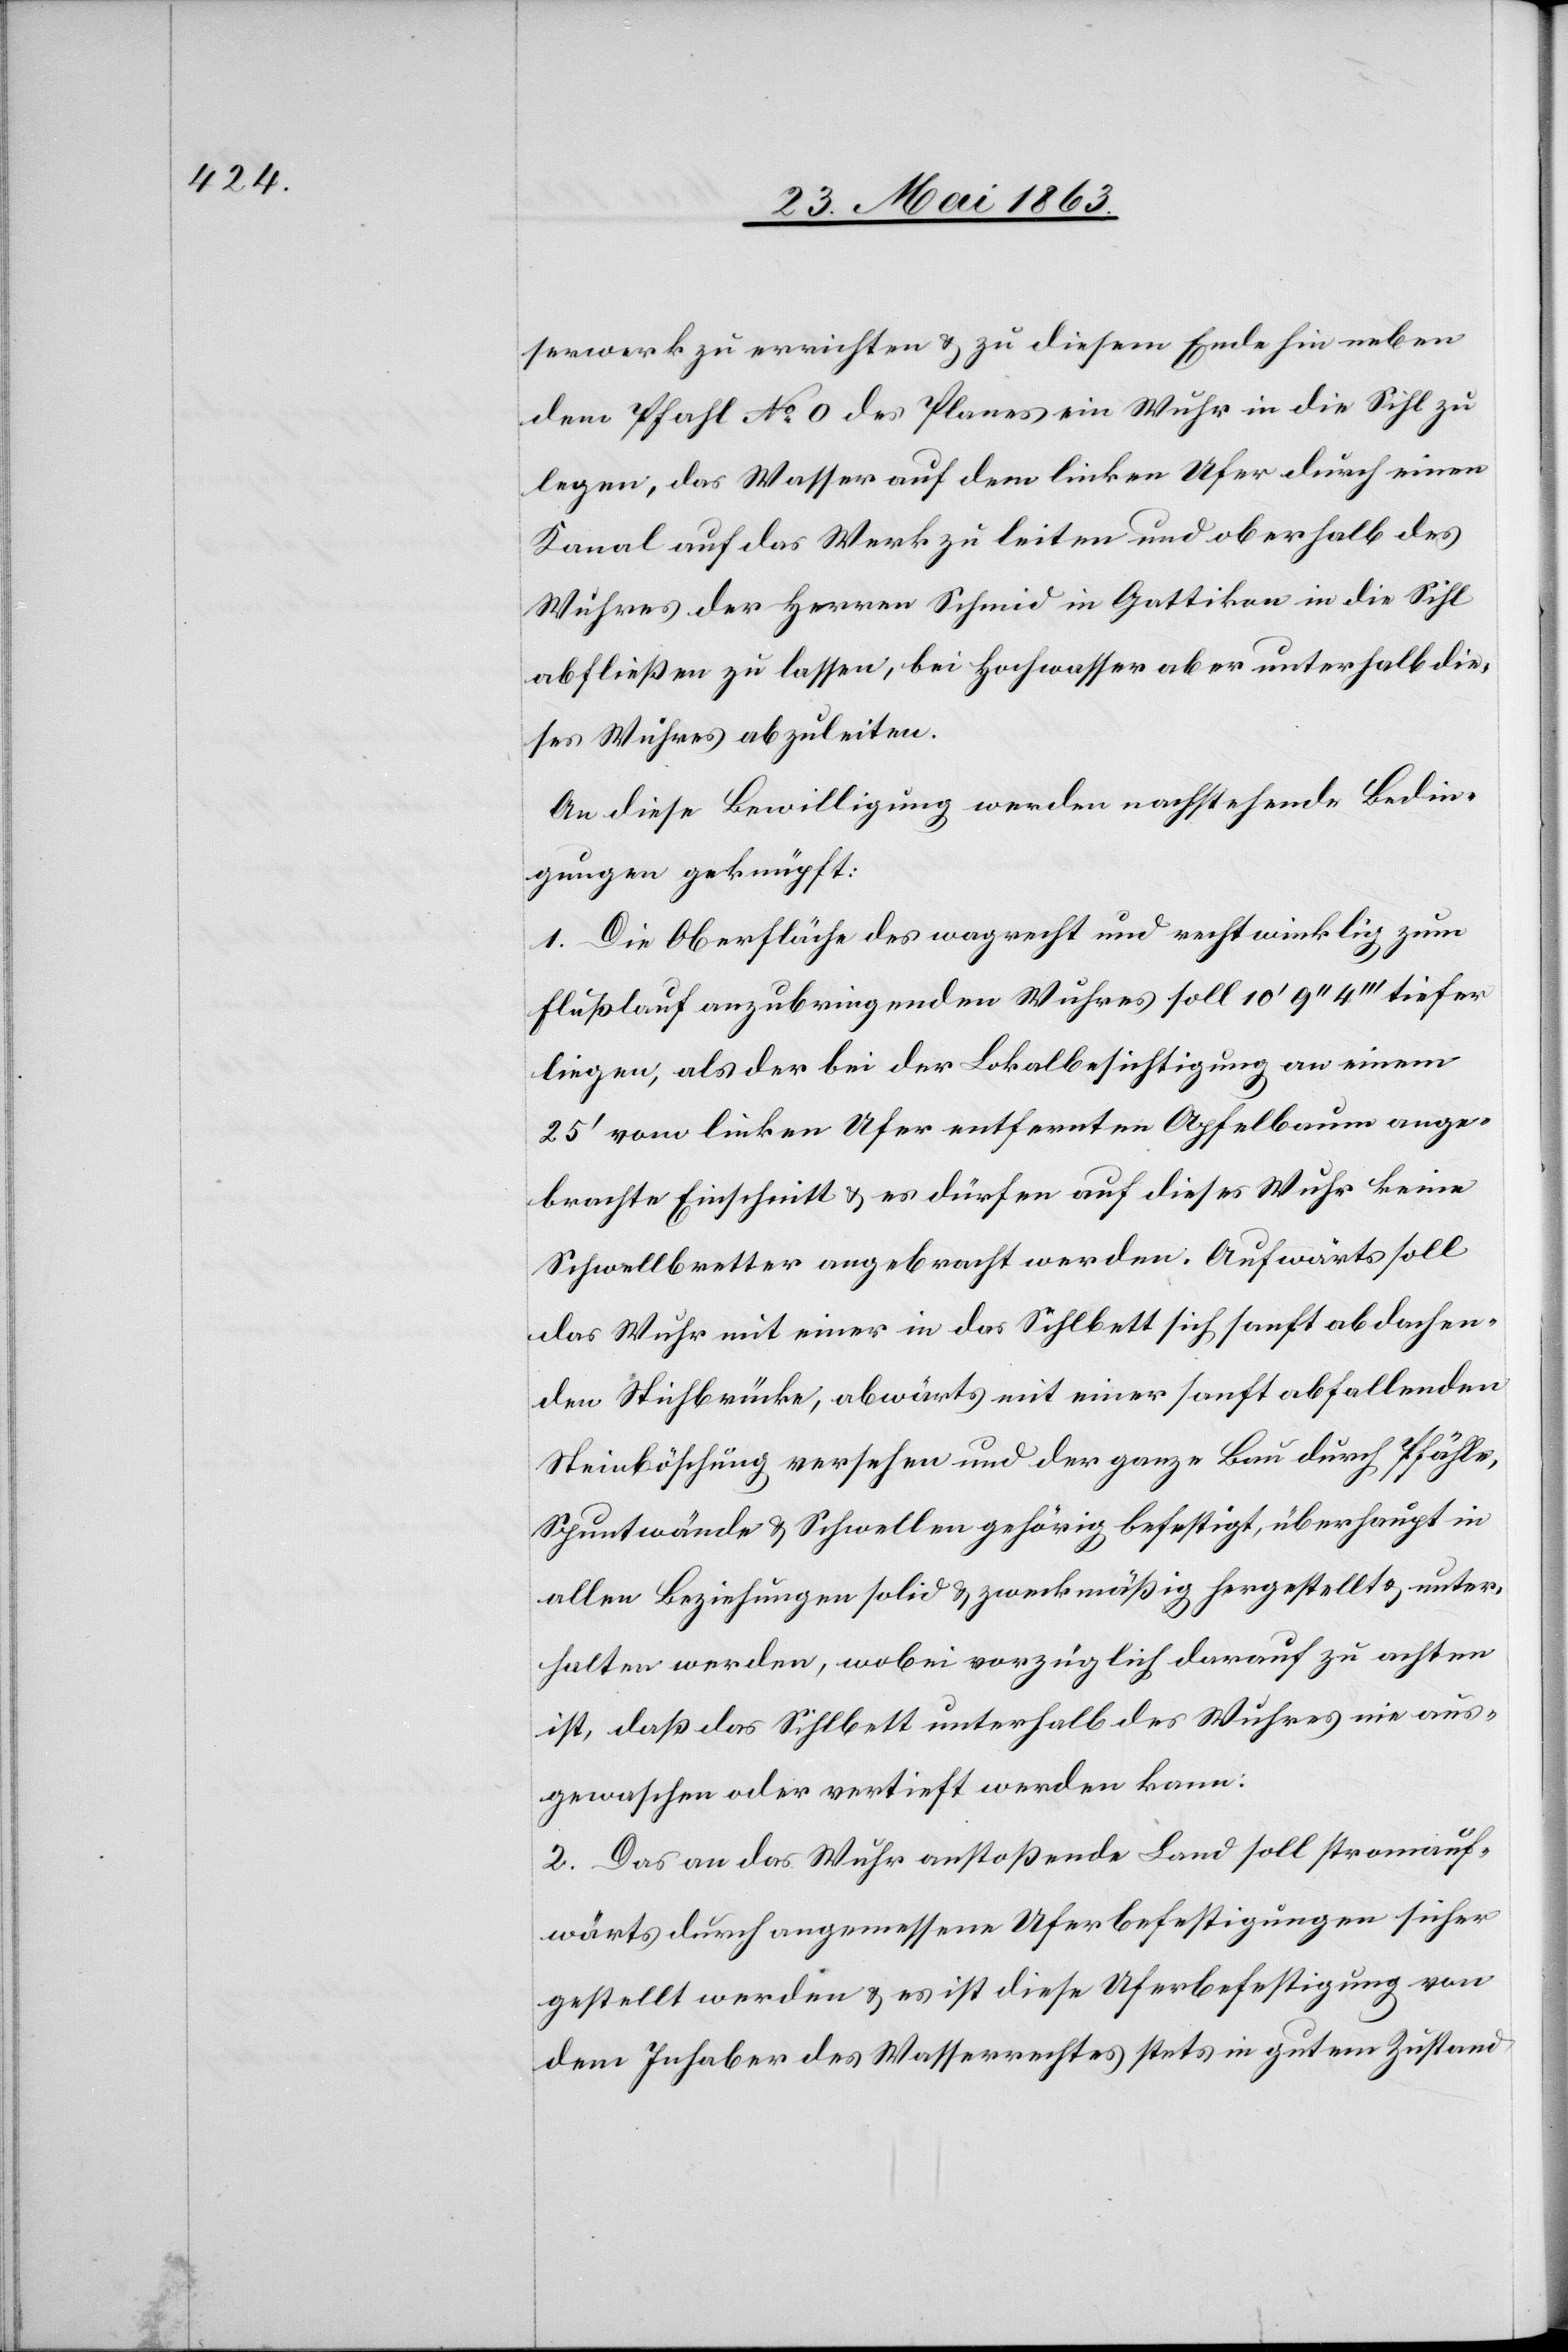
serwerk zu errichten & zu diesem Ende hin neben
dem Pfahl No 0 des Planes ein Wuhr in die Sihl zu
legen, das Wasser auf dem linken Ufer durch einen
Kanal auf das Werk zu leiten und oberhalb des
Wuhres der Herren Schmid in Gattikon in die Sihl
abfließen zu lassen, bei Hochwasser aber unterhalb die¬
ses Wuhres abzuleiten.
An diese Bewilligung werden nachstehende Bedin¬
gungen geknüpft:
1. Die Oberfläche des wagrecht und rechtwinklig zum
Flußlauf anzubringenden Wuhres soll 10' 9'' 4''' tiefer
liegen, als der bei der Lokalbesichtigung an einem
25' vom linken Ufer entfernten Apfelbaum ange¬
brachte Einschnitt & es dürfen auf dieses Wuhr keine
Schwellbretter angebracht werden. Aufwärts soll
das Wuhr mit einer in das Sihlbett sich sanft abdachen¬
den Stichbrücke, abwärts mit einer sanft abfallenden
Steinböschung versehen und der ganze Bau durch Pfähle,
Spuntwände & Schwellen gehörig befestigt, überhaupt in
allen Beziehungen solid & zweckmäßig hergestellt & unter¬
halten werden, wobei vorzüglich darauf zu achten
ist, daß das Sihlbett unterhalb des Wuhres nie aus¬
gewaschen oder vertieft werden kann.
2. Das an das Wuhr anstoßende Land soll stromauf¬
wärts durch angemessene Uferbefestigungen sicher
gestellt werden & es ist diese Uferbefestigung von
dem Inhaber des Wasserrechtes stets in gutem Zustand